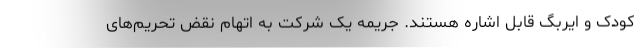
کودک و ایربگ قابل اشاره هستند. جریمه یک شرکت به اتهام نقض تحریم‌های